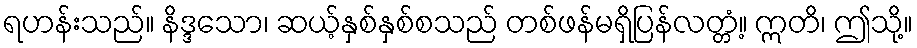
ရဟန်းသည်။ နိဒ္ဒသော၊ ဆယ့်နှစ်နှစ်စသည် တစ်ဖန်မရှိပြန်လတ္တံ့။ ဣတိ၊ ဤသို့။